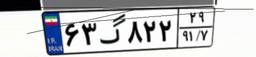
۶۳گ۸۲۲۲۹